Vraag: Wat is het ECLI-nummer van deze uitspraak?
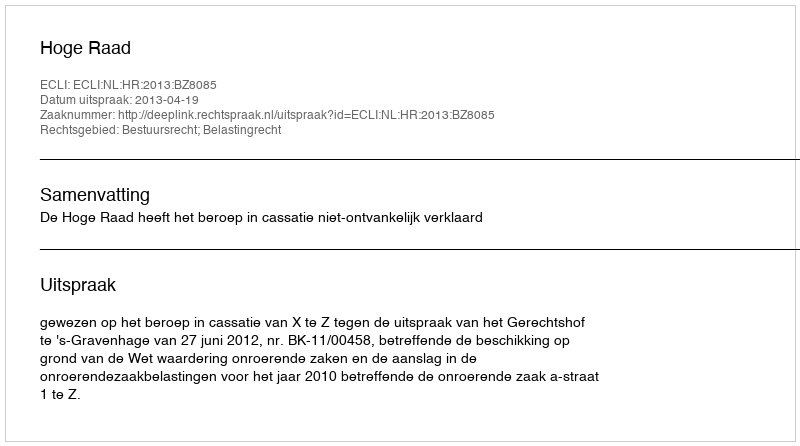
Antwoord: ECLI:NL:HR:2013:BZ8085